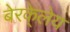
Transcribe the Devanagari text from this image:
बेरके्लेय